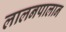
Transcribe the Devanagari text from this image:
लालनपालान